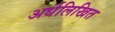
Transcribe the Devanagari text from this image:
अर्धलिखित